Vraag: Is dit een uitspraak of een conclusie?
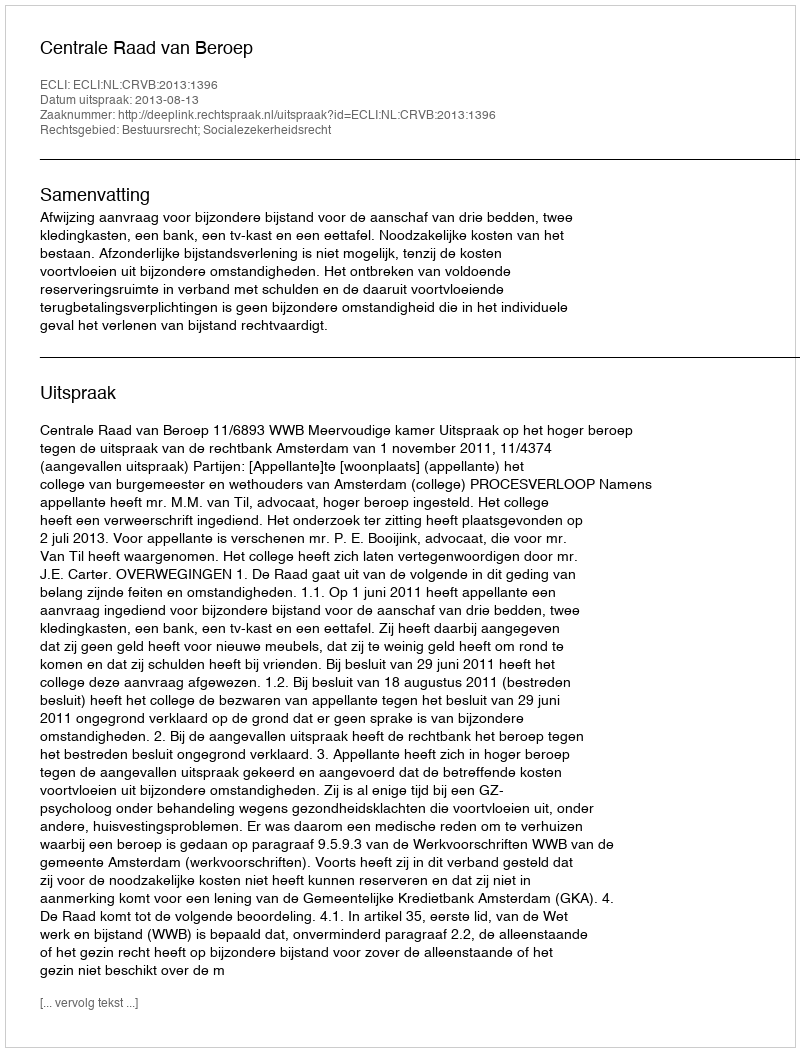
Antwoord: Uitspraak